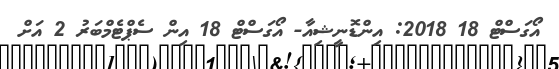
އޯގަސްޓް 18 2018: އިންޑޮނީޝިއާ- އޯގަސްޓް 18 އިން ސެޕްޓެމްބަރު 2 އަށް